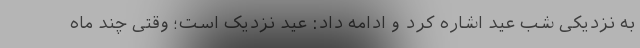
به نزدیکی شب عید اشاره کرد و ادامه داد: عید نزدیک است؛ وقتی چند ماه